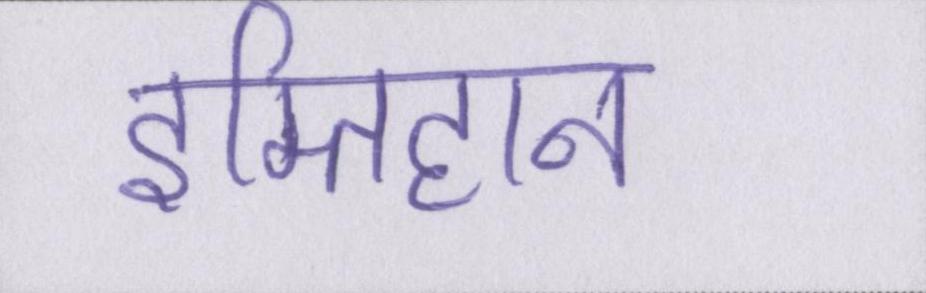
इम्तिहान